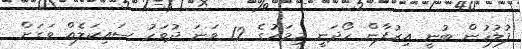
ފުލުހުން ބުނީ އިރުފާން ހޯދަނީ މިމަހުގެ 12 ވަނަ ދުވަހު ސައިކަލެއް ވަގަށް